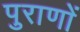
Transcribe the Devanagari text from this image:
पुराणाें